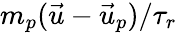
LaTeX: m_{p}(\vec{u}-\vec{u}_{p})/{\tau_{r}}